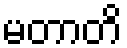
မတာတိ